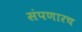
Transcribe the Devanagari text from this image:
संपणारच